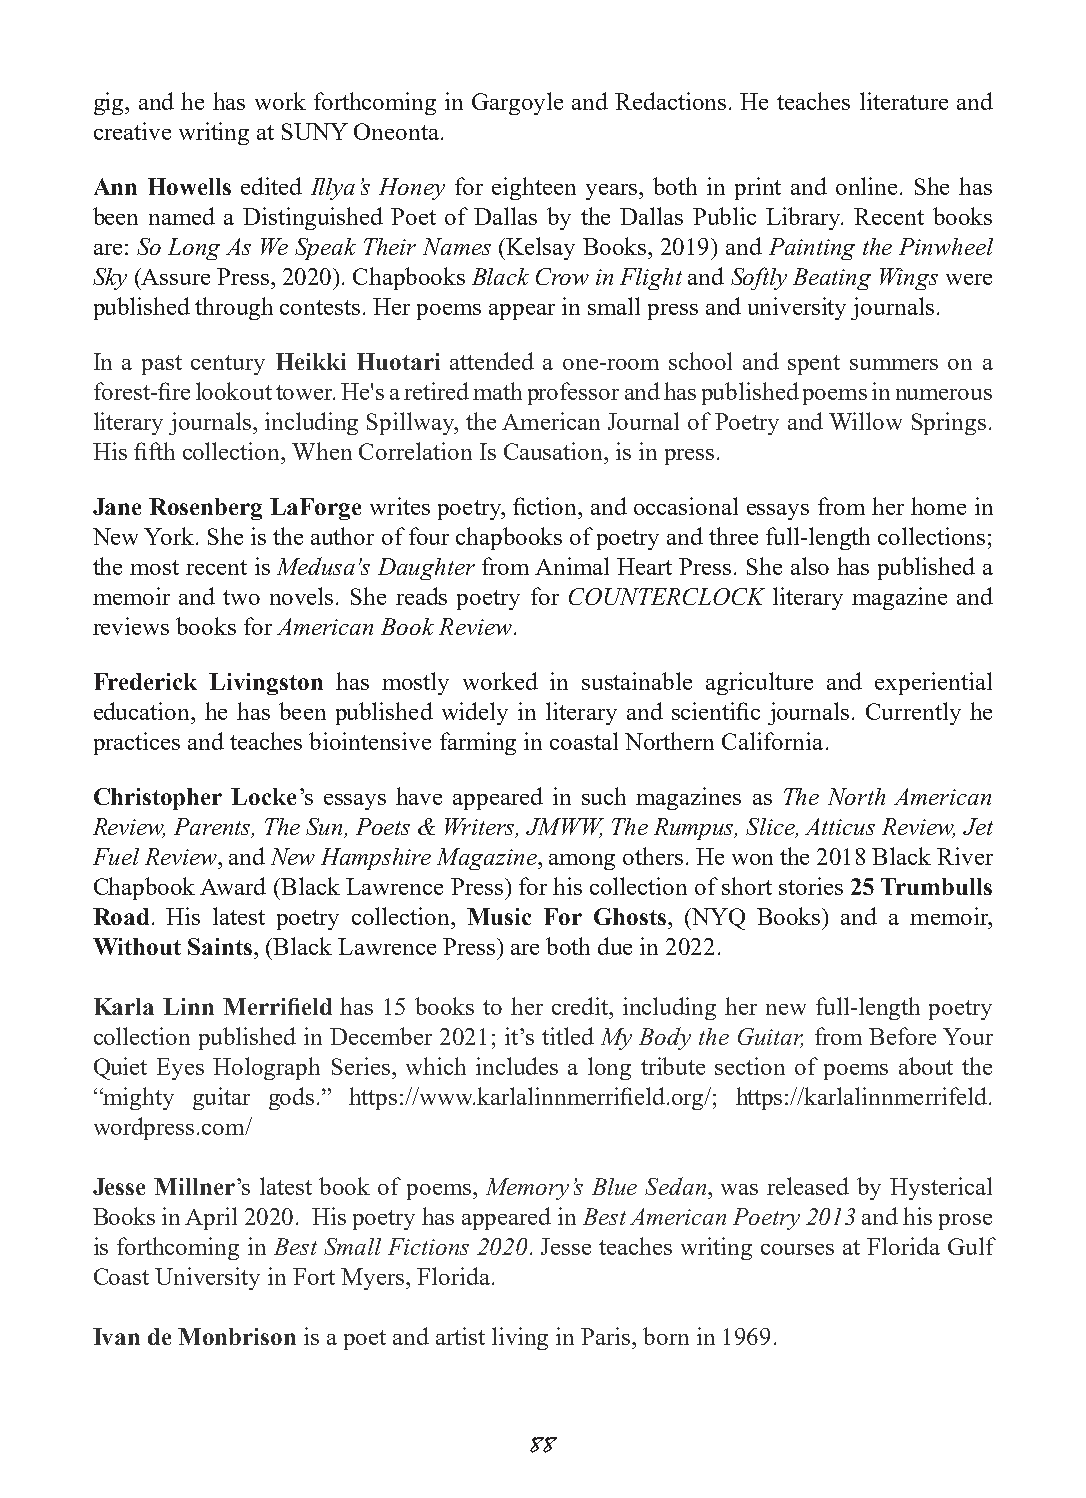
gig, and he has work forthcoming in Gargoyle and Redactions. He teaches literature and
 creative writing at SUNY Oneonta.
 Ann Howells edited Illya’s Honey for eighteen years, both in print and online. She has
 been named a Distinguished Poet of Dallas by the Dallas Public Library. Recent books
 are: So Long As We Speak Their Names (Kelsay Books, 2019) and Painting the Pinwheel
 Sky (Assure Press, 2020). Chapbooks Black Crow in Flight and Softly Beating Wings were
 published through contests. Her poems appear in small press and university journals.
 In a past century Heikki Huotari attended a one-room school and spent summers on a
 forest-fire lookout tower. He's a retired math professor and has published poems in numerous
 literary journals, including Spillway, the American Journal of Poetry and Willow Springs.
 His fifth collection, When Correlation Is Causation, is in press.
 Jane Rosenberg LaForge writes poetry, fiction, and occasional essays from her home in
 New York. She is the author of four chapbooks of poetry and three full-length collections;
 the most recent is Medusa's Daughter from Animal Heart Press. She also has published a
 memoir and two novels. She reads poetry for COUNTERCLOCK literary magazine and
 reviews books for American Book Review.
 Frederick Livingston has mostly worked in sustainable agriculture and experiential
 education, he has been published widely in literary and scientific journals. Currently he
 practices and teaches biointensive farming in coastal Northern California.
 Christopher Locke’s essays have appeared in such magazines as The North American
 Review, Parents, The Sun, Poets & Writers, JMWW, The Rumpus, Slice, Atticus Review, Jet
 Fuel Review, and New Hampshire Magazine, among others. He won the 2018 Black River
 Chapbook Award (Black Lawrence Press) for his collection of short stories 25 Trumbulls
 Road. His latest poetry collection, Music For Ghosts, (NYQ Books) and a memoir,
 Without Saints, (Black Lawrence Press) are both due in 2022.
 Karla Linn Merrifield has 15 books to her credit, including her new full-length poetry
 collection published in December 2021; it’s titled My Body the Guitar, from Before Your
 Quiet Eyes Holograph Series, which includes a long tribute section of poems about the
 “mighty guitar gods.” https://www.karlalinnmerrifield.org/; https://karlalinnmerrifeld.
 wordpress.com/
 Jesse Millner’s latest book of poems, Memory’s Blue Sedan, was released by Hysterical
 Books in April 2020. His poetry has appeared in Best American Poetry 2013 and his prose
 is forthcoming in Best Small Fictions 2020. Jesse teaches writing courses at Florida Gulf
 Coast University in Fort Myers, Florida.
 Ivan de Monbrison is a poet and artist living in Paris, born in 1969.
 88